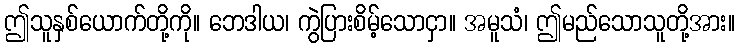
ဤသူနှစ်ယောက်တို့ကို။ ဘေဒါယ၊ ကွဲပြားစိမ့်သောငှာ။ အမူသံ၊ ဤမည်သောသူတို့အား။